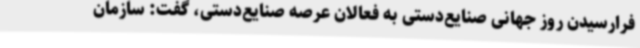
فرارسیدن روز جهانی صنایع‌دستی به فعالان عرصه صنایع‌دستی، گفت: سازمان